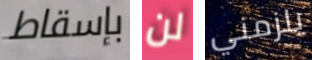
بإسقاط لن يلزمني